Insane asylums in Bengal annual reports 1867-1875 - 1867-1875
Year: 1867
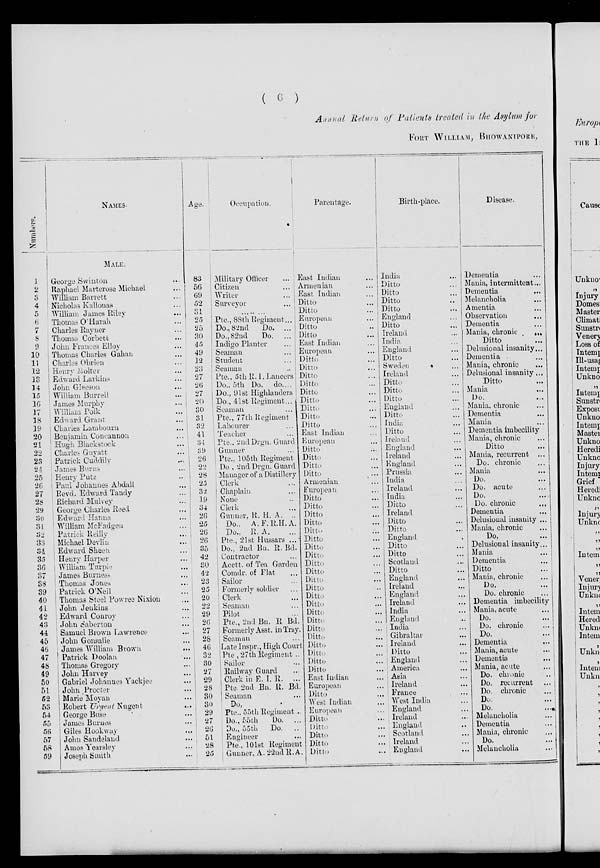
( 6 )
Annual Return of Patients treated in the Asylum for
FORT WILLIAM, BHOWANIPORE,
Number
1
2
3
4
5
6
7
8
9
10
11
12
13
14
15
16
17
18
19
20
21
22
23
24
25
26
27
28
29
30
31
32
33
34
35
36
37
38
39
40
41
42
43
44
45
46
47
48
49
50
51
52
53
54
55
56
57
58
59
NAMES
MALE.
George Swinton ...
Raphael Marterose Michael ...
William Barrett ...
Nicholas Kallonas ...
William James Riley ...
Thomas O'Harah ...
Charles Rayner ...
Thomas Corbett ...
John Frances Elloy ...
Thomas Charles Gahan ...
Charles Obrien ...
Henry Molter ...
Edward Larkins ...
John Gleeson ...
William Burrell ...
James Murphy ...
William Poik ...
Edward Grant ...
Charles Lambourn ...
Benjamin Concannon ...
Hugh Blackstock ...
Charles Guyatt ...
Patrick Cuddily ...
James Burns ...
Henry Putz ...
Paul Johannes Abdall ...
Revd. Edward Tandy
Richard Mulvey ...
George Charles Reed ...
Edward Hanna ...
William McFadgen ...
Patrick Reilly ...
Michael Devlin ...
Edward Sheen ...
Henry Harper ...
William Turpie ...
James Burness ...
Thomas Jones ...
Patrick O'Neil ...
Thomas Steel Powree Nixion ...
John Jenkins ...
Edward Conroy ...
John Saberton ...
Samuel Brown Lawrence ...
John Gonsalie ...
James William Brown ...
Patrick Doolan ...
Thomas Gregory ...
John Harvey ...
Gabriel Johannes Yackjee ...
John Procter
Marie Moyan ...
Robert Urgent Nugent ...
George Buse ...
James Burnes ...
Giles Hookway ...
John Saudeland ...
Amos Yearsley ...
Joseph Smith ...
Age.
83
56
69
52
31
25
25
30
45
49
12
23
27
26
27
20
30
31
32
41
34
39
26
22
28
25
32
19
34
26
25
26
26
35
42
30
42
23
25
20
22
29
26
27
28
46
32
30
27
29
28
30
30
29
27
26
51
28
25
Occupation.
Military Officer
...
Citizen
...
Writer
...
Surveyor
...
Pte., 88th Regiment...
Do., 82nd
Do. ...
Do., 82nd
Do. ...
Indigo Planter
...
Seaman
...
Student
...
Seaman
...
Pte., 5th R. I, Laucers
Do., 5th Do. do. ...
Do., 91st Highlanders
Do., 41st Regiment ...
Seaman
...
Pte., 77th Regiment
Labourer ...
Teacher ...
Pte., 2nd Drgn. Guard
Gunner ...
Pte., 105th Regiment
Do . 2nd Drgn. Guard
Manager of a Distillery
Clerk ...
Chaplain ...
None ...
Clerk ...
Gunuer, R. H. A. ...
Do..
A.F.R.H.A.
Do., R. A. ...
Pte., 21st Hussars ...
Do., 2nd Bn. R. Bd.
Contractor ...
Acctt. of Tea Garden
Comdr. of Flat ...
Sailor ...
Formerly soldier ...
Clerk ...
Seaman ...
Pilot ...
Pte., 2nd Bn. R Bd.
Formerly Asst. in Trsy.
Seaman ...
Late Inspr., High Court
Pte, 27th Regiment ...
Sailor ...
Railway Guard ...
Clerk in E. I. R.
...
Pte. 2nd Bn. R. Bd.
Seaman ...
Do,
Pte., 55th Regiment ...
Do., 55th
Do. ...
Do., 55th Do. ...
Engineer ...
Pte., 101st Regiment
Gunner, A. 22nd R.A.
Parentage.
East Indian ...
Armenian ...
East Indian ...
Ditto ...
Ditto ...
European ...
Ditto ...
Ditto ...
East Indian ...
European ...
Ditto ...
Ditto ...
Ditto ...
Ditto ...
Ditto ...
Ditto ...
Ditto ...
Ditto ...
Ditto ...
East Indian ...
European ...
Ditto ...
Ditto ...
Ditto ...
Ditto ...
Armenian
...
European ...
Ditto ...
Ditto ...
Ditto ...
Ditto ...
Ditto ...
Ditto ...
Ditto ...
Ditto ...
Ditto ...
Ditto ...
Ditto ...
Ditto ...
Ditto ...
Ditto ...
Ditto ...
Ditto ...
Ditto ...
Ditto ...
Ditto ...
Ditto ...
Ditto ...
Ditto ...
East Indian ...
European ...
Ditto ...
West Indian ...
European ...
Ditto ...
Ditto ...
Ditto ...
Ditto ...
Ditto ...
Birth-place.
India ...
Ditto ...
Ditto ...
Ditto ...
Ditto ...
England ...
Ditto ...
Ireland ...
India ...
England ...
Ditto ...
Sweden ...
Ireland ...
Ditto ...
Ditto ...
Ditto ...
England ...
Ditto ...
India ...
Ditto ...
Ireland ...
England ...
Ireland ...
England ...
Prussia ...
India ...
Ireland ...
India ...
Ditto ...
Ireland ...
Ditto ...
Ditto ...
England ...
Ditto ...
Ditto ...
Scotland ...
Ditto ...
England ...
Ireland ...
England ...
Ireland ...
India ...
England ...
India ...
Gibraltar ...
Ireland ...
Ditto ...
England ...
America ...
Asia ...
Ireland ...
France ...
West India ...
England ...
Ireland ...
England ...
Scotland ...
Ireland ...
England ...
Disease.
Dementia ...
Mania, intermittent ...
Dementia ...
Melancholia ...
Amentia ...
Observation ...
Dementia ...
Mania, chronic
...
Ditto
...
Delusional insanity ...
Dementia ...
Mania, chronic ...
Delusional insanity ...
Ditto ...
Mania ...
Do. ...
Mania, chronic ...
Dementia ...
Mania ...
Dementia imbecility
Mania, chronic ...
Ditto ...
Mania, recurrent ...
Do. chronic ...
Mania ...
Do. ...
Do. acute ...
Do. ...
Do. chronic
...
Dementia ...
Delusional insanity ...
Mania, chronic ...
Do, ...
Delusional insanity...
Mania ...
Dementia ...
Ditto ...
Mania, chronic ...
Do. ...
Do. chronic ...
Dementia imbecility
Mania, acute ...
Do. ...
Do. chronic ...
Do. ...
Dementia ...
Mania, acute ...
Dementia ...
|
Mania, acute ...
Do. chronic ...
Do. recurrent ...
|
Do. chronic ...
Do. ...
Do. ...
Melancholia ...
Dementia ...
Mania, chronic ...
Do. ...
Melancholia ...